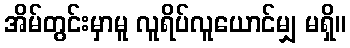
အိမ်တွင်းမှာမူ လူရိပ်လူယောင်မျှ မရှိ။